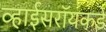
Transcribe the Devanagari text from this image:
व्हाईसरॉयकडे